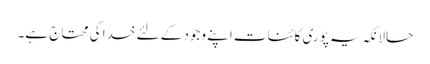
حالانکہ یہ پوری کائنات اپنے وجود کے لئے خدا کی محتاج ہے۔